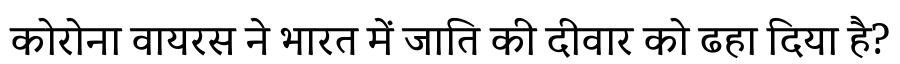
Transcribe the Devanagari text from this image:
कोरोना वायरस ने भारत में जाति की दीवार को ढहा दिया है?